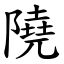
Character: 隢